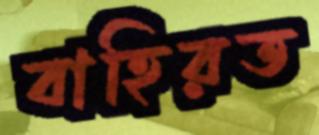
বাহিরত